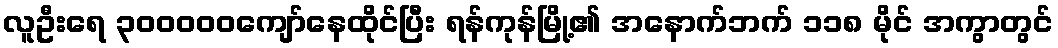
လူဦးရေ ၃၀၀၀၀၀ကျော်နေထိုင်ပြီး ရန်ကုန်မြို့၏ အနောက်ဘက် ၁၁၈ မိုင် အကွာတွင်